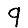
Digit: 9